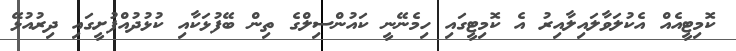
ކޮމިޓީއެއް އެކުލަވާލައިލާއިރު އެ ކޮމިޓީގައި ހިމެނޭނީ ކައުންސިލްގެ ތިން ބޭފުޅަކާއި ކުޅުދުއްފުށީގައި ދިރުއުޅޭ